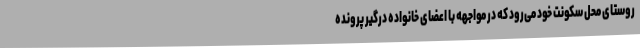
روستای محل سکونت خود می‌رود که در مواجهه با اعضای خانواده درگیر پرونده